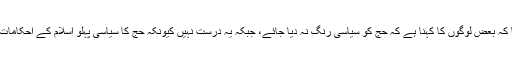
انہوں نے مزید فرمایا کہ بعض لوگوں کا کہنا ہے کہ حج کو سیاسی رنگ نہ دیا جائے، جبکہ یہ درست نہیں کیونکہ حج کا سیاسی پہلو اسلام کے احکامات کے عین مطابق ہے۔